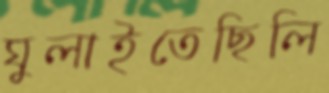
ঘুলাইতেছিলি